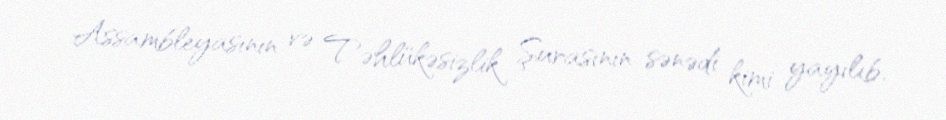
Assambleyasının və Təhlükəsizlik Şurasının sənədi kimi yayılıb.